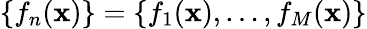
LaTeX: \{ f_{n}(\mathbf{x})\} =\{ f_{1}(\mathbf{x}),\ldots,f_{M}(\mathbf{x})\}